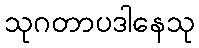
သုဂတာပဒါနေသု